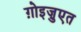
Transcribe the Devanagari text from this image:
ग़ोइज़ुएत